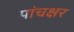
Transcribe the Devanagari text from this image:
पांचक्षर